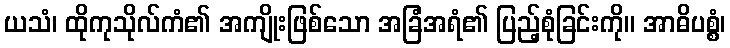
ယသံ၊ ထိုကုသိုလ်ကံ၏ အကျိုးဖြစ်သော အခြံအရံ၏ ပြည့်စုံခြင်းကို။ အာဓိပစ္စံ၊